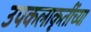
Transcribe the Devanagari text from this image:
उपकलाकृतींच्या